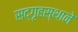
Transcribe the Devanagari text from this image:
सद्‌गृहस्थाने